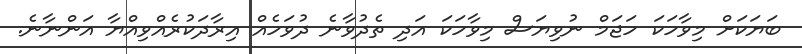
ބަޔަކަށް މިވާހަކަ ހަޖަމް ނުވިޔަސް މިވާހަކަ އަދި ތެދުވާނެ ދުވަހެއް އިރާދަކުރެެއްވިއްޔާ އަންނާނެ.